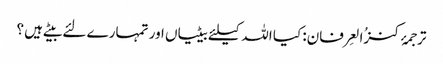
ترجمۂ کنزُالعِرفان: کیا اللہ کیلئے بیٹیاں اور تمہارے لئے بیٹے ہیں ؟